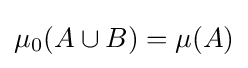
\mu _{0}(A\cup B)=\mu (A)